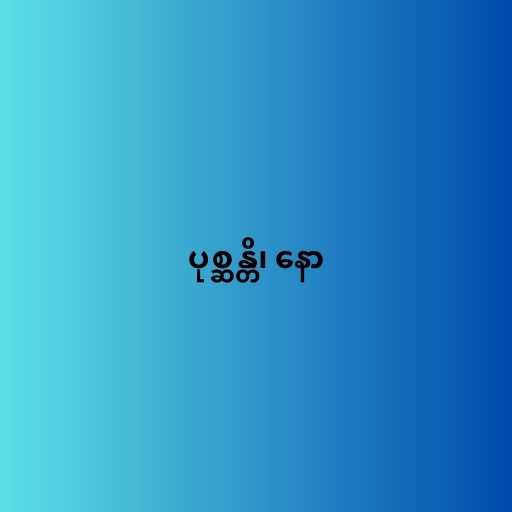
ပုစ္ဆန္တိ၊ နော